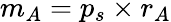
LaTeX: m_{A}=p_{s}\times r_{A}